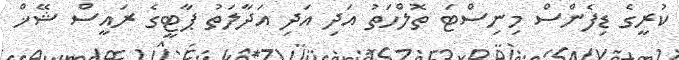
ކުރީގެ ޑިފެންސް މިނިސްޓަ ތޮލްހަތު އަދި އަދި އަދާލަތު ޕާޓީގެ ރައީސް ޝޭޚް